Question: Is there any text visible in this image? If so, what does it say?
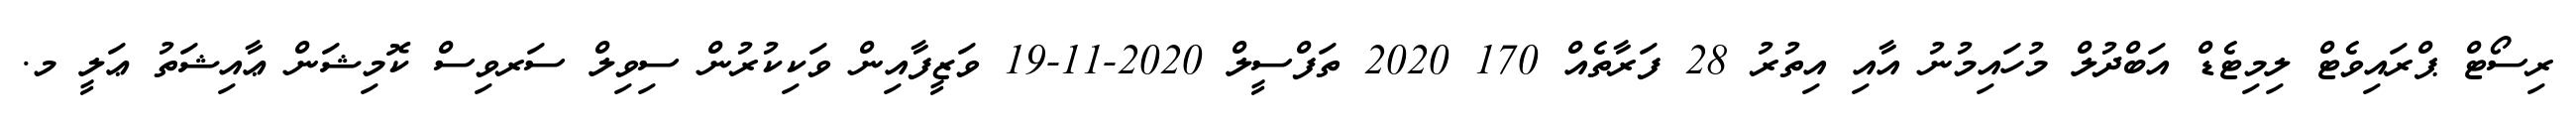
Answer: ރިސޯޓް ޕްރައިވެޓް ލިމިޓެޑް އަބްދުލް މުހައިމުނު އާއި އިތުރު 28 ފަރާތެއް 170 2020 ތަފްސީލް 2020-11-19 ވަޒީފާއިން ވަކިކުރުން ސިވިލް ސަރވިސް ކޮމިޝަން ޢާއިޝަތު ޢަލީ މ.